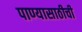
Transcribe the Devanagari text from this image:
पाण्यासाठीची